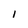
Character: 1